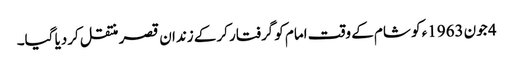
4 جون 1963ء کو شام کے وقت امام کو گرفتار کرکے زندان قصر منتقل کردیا گیا۔